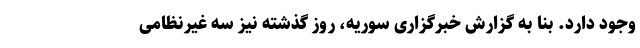
وجود دارد. بنا به گزارش خبرگزاری سوریه، روز گذشته نیز سه غیرنظامی